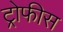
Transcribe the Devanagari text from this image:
ट्रोफीस